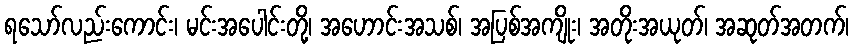
ရသော်လည်းကောင်း၊ မင်းအပေါင်းတို့၊ အဟောင်းအသစ်၊ အပြစ်အကျိုး၊ အတိုးအယုတ်၊ အဆုတ်အတက်၊